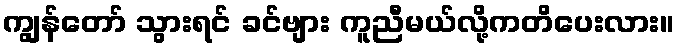
ကျွန်တော် သွားရင် ခင်ဗျား ကူညီမယ်လို့ကတိပေးလား။